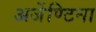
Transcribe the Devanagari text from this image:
अर्जेण्टिना